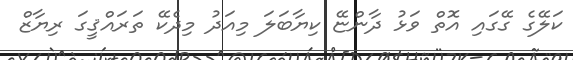
ކަލޭގެ ގޭގައި އޮތް ވަޅު ދާންޏޭ ކިޔާބަލަ މިއަދު މިދެކޭ ތަރައްޤީގަ ރިޔާޒް